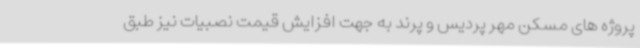
پروژه های مسکن مهر پردیس و پرند به جهت افزایش قیمت نصبیات نیز طبق